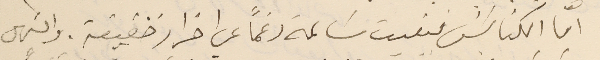
امّا الكنائسَ بقيت سَالمة رغمَا عن اضرار خفيفة. والسَهل